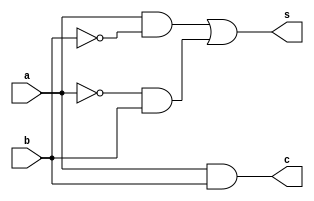
`timescale 1ns / 1ps

module HA(
    input a, b,
    output s, c
    );
    
    assign s = (a & ~b) | (~a & b);
    assign c = a & b;
    
endmodule